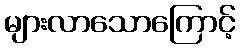
များလာသောကြောင့်